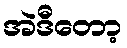
အဲဒီတော့